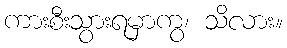
ကားစီးသွားရမှာကွ၊ သိလား။